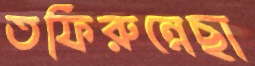
তফিরুন্নেছা